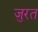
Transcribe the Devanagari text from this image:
जुरत